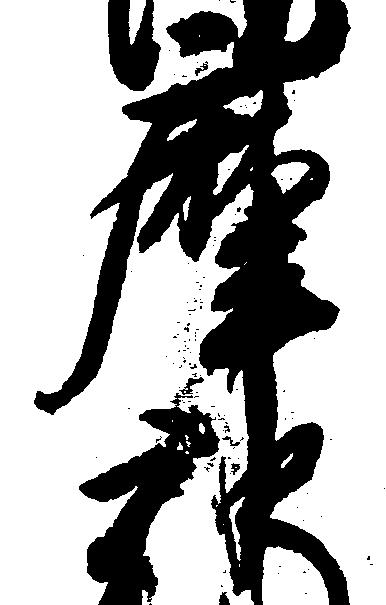
摩